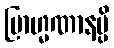
ဗြာဟ္မဏာနမ္ပိ